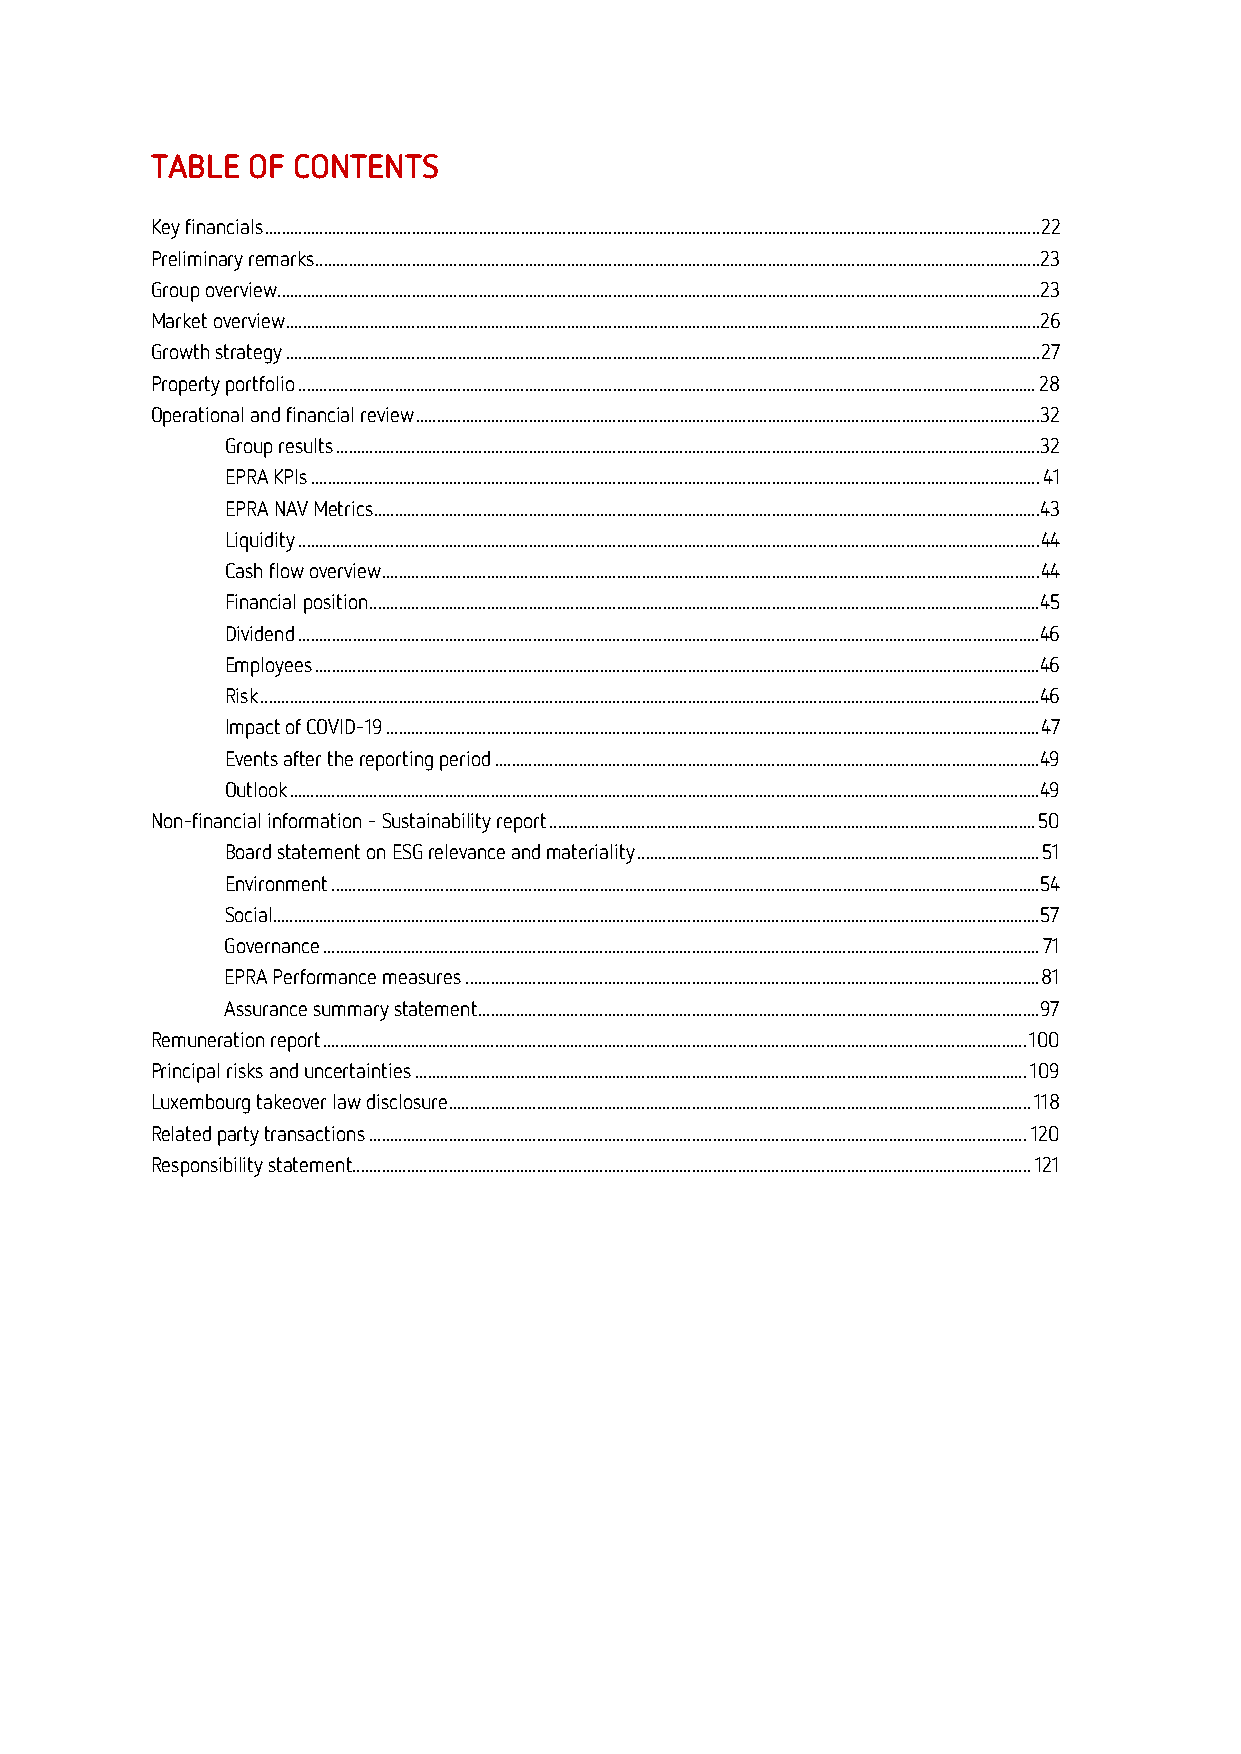
TABLE OF CONTENTS
 Key financials ......................................................................................................................................................................................... 22
 Preliminary remarks ............................................................................................................................................................................. 23
 Group overview ...................................................................................................................................................................................... 23
 Market overview .................................................................................................................................................................................... 26
 Growth strategy .................................................................................................................................................................................... 27
 Property portfolio ................................................................................................................................................................................ 28
 Operational and financial review ..................................................................................................................................................... 32
 Group results ........................................................................................................................................................................ 32
 EPRA KPIs .............................................................................................................................................................................. 41
 EPRA NAV Metrics ............................................................................................................................................................... 43
 Liquidity ................................................................................................................................................................................. 44
 Cash flow overview ............................................................................................................................................................. 44
 Financial position ................................................................................................................................................................ 45
 Dividend ................................................................................................................................................................................. 46
 Employees ............................................................................................................................................................................. 46
 Risk .......................................................................................................................................................................................... 46
 Impact of COVID-19 ............................................................................................................................................................ 47
 Events after the reporting period .................................................................................................................................. 49
 Outlook ................................................................................................................................................................................... 49
 Non-financial information – Sustainability report .................................................................................................................... 50
 Board statement on ESG relevance and materiality ................................................................................................ 51
 Environment ......................................................................................................................................................................... 54
 Social ....................................................................................................................................................................................... 57
 Governance ........................................................................................................................................................................... 71
 EPRA Performance measures ......................................................................................................................................... 81
 Assurance summary statement ...................................................................................................................................... 97
 Remuneration report ........................................................................................................................................................................ 100
 Principal risks and uncertainties .................................................................................................................................................. 109
 Luxembourg takeover law disclosure ........................................................................................................................................... 118
 Related party transactions ............................................................................................................................................................. 120
 Responsibility statement .................................................................................................................................................................. 121